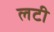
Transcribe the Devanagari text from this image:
लटी